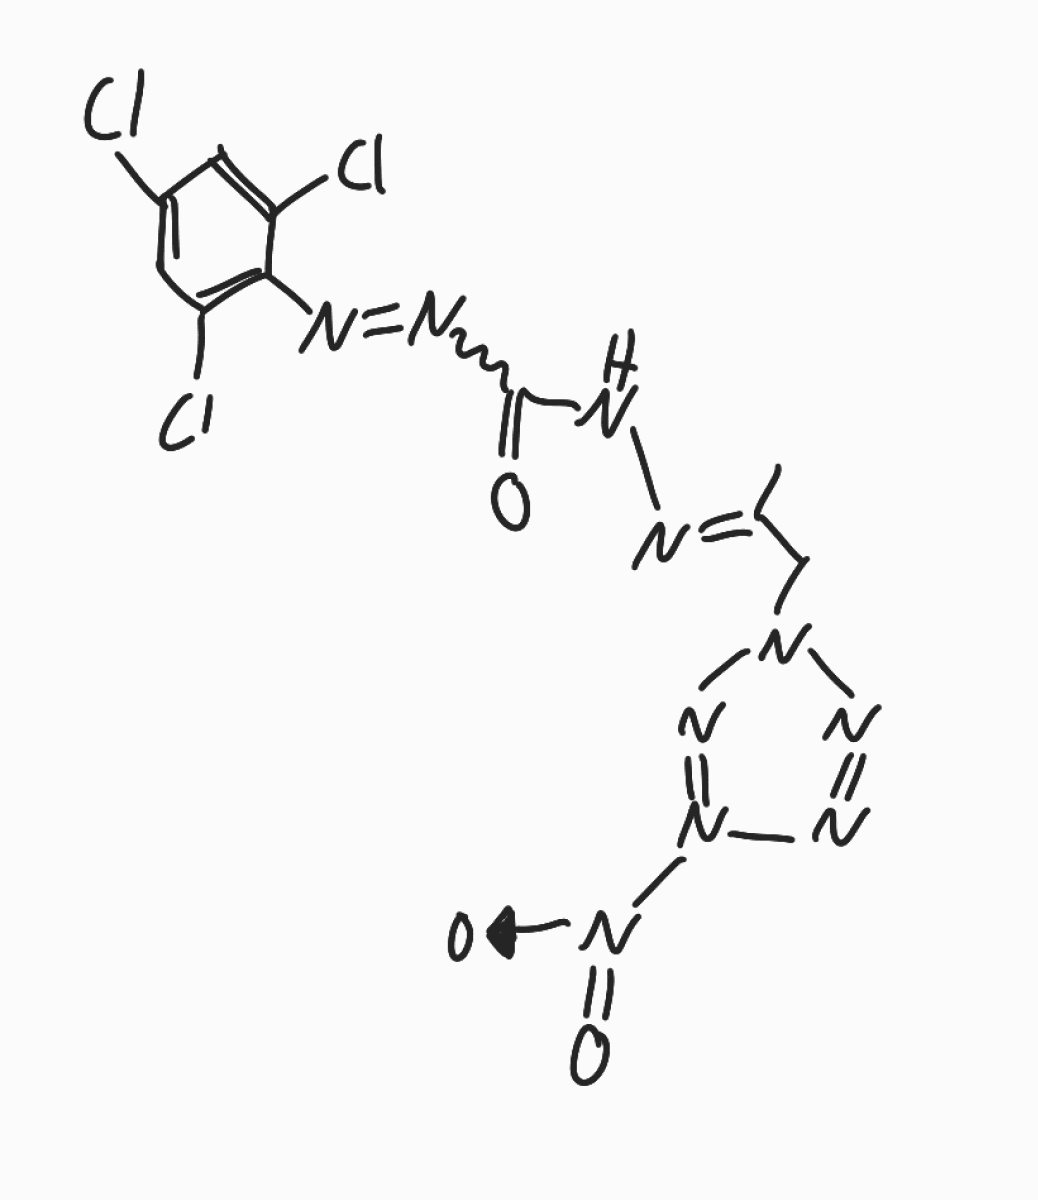
Simplified molecular-input line-entry system (SMILES) notation of the given molecule:
C/C(=N\NC(=O)N=NC1=C(C=C(C=C1Cl)Cl)Cl)/CN2N=C(N=N2)[N+](=O)[O-]